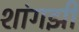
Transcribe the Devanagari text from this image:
शांगझी